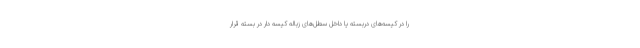
را در کیسه‌های دربسته یا داخل سطل‌های زباله کیسه دار در بسته قرار